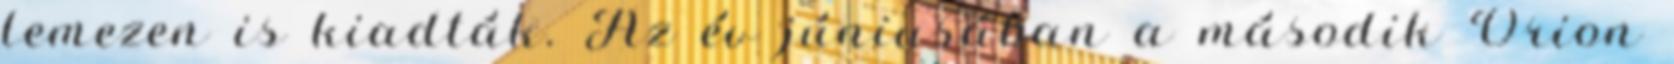
lemezen is kiadták. Az év júniusában a második Orion